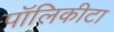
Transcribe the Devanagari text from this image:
पॉलिकीटा